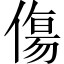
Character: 傷